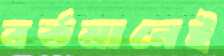
বর্তমানেই